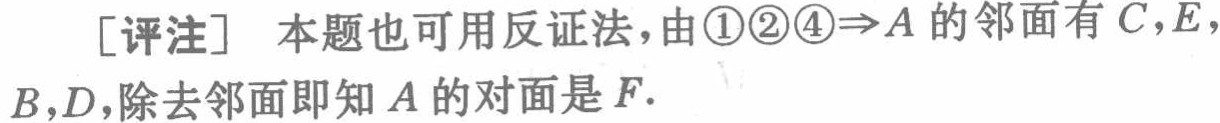
[评注] 本题也可用反证法，由\textcircled{1}\textcircled{2}\textcircled{4}$\Rightarrow A$的邻面有$C,E$，

$B,D$，除去邻面即知$A$的对面是$F$.